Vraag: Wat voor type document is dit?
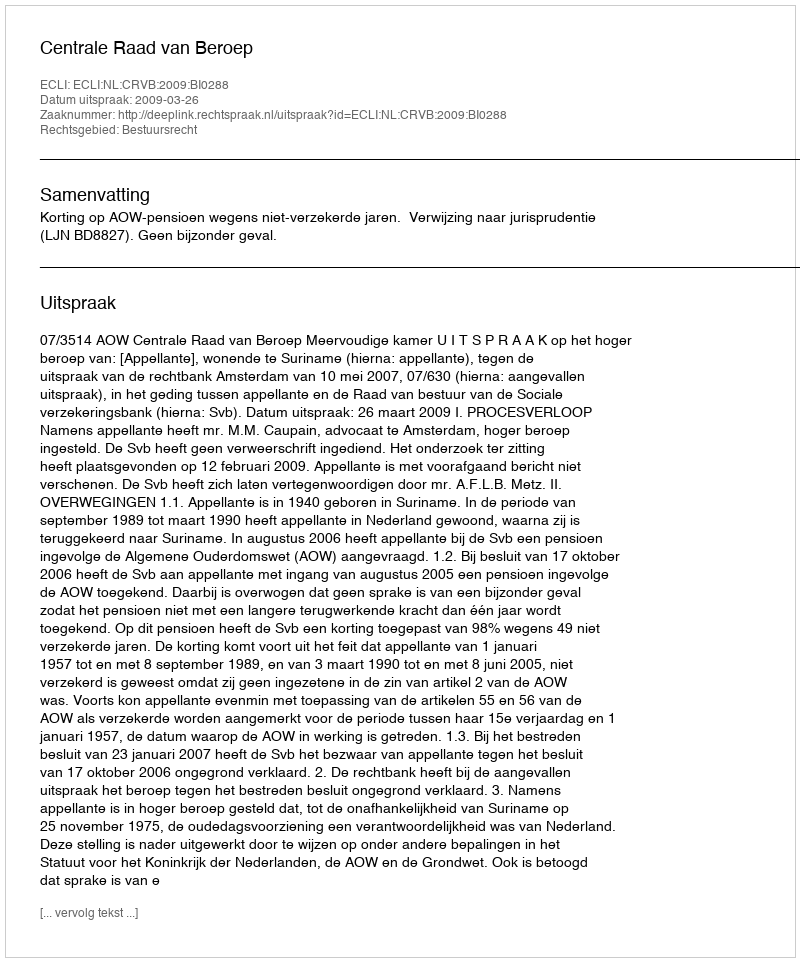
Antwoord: Uitspraak